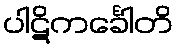
ပါဋိကင်္ခေါတိ